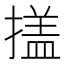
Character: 𭢕